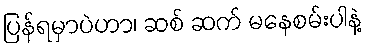
ပြန်ရမှာပဲဟာ၊ ဆစ် ဆက် မနေစမ်းပါနဲ့